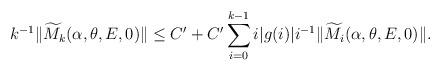
LaTeX: \begin{align*} \begin{aligned} k^{-1} \lVert \widetilde{M}_{k}(\alpha,\theta,E,0)\rVert \leq C'+C'\sum_{i=0}^{k-1}i|g(i)| i^{-1}\lVert\widetilde{M}_{i}(\alpha,\theta,E,0)\rVert. \end{aligned} \end{align*}